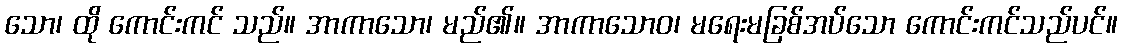
သော၊ ထို ကောင်းကင် သည်။ အာကာသော၊ မည်၏။ အာကာသောဝ၊ မရေးမခြစ်အပ်သော ကောင်းကင်သည်ပင်။